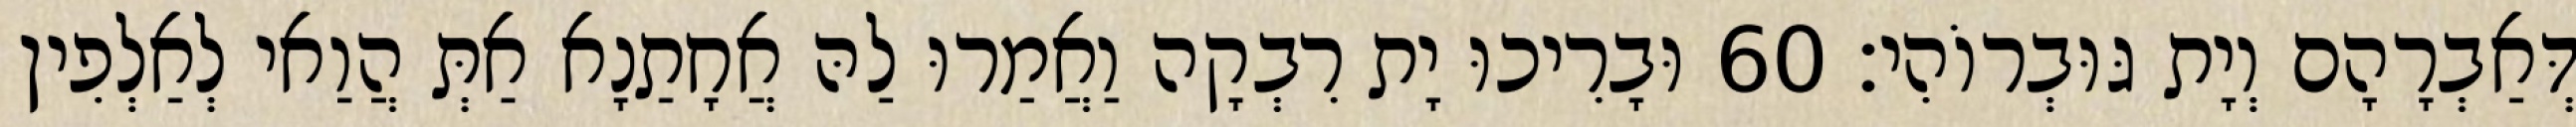
דְּאַבְרָהָם וְיָת גּוּבְרוֹהִי׃ 60 וּבָרִיכוּ יָת רִבְקָה וַאֲמַרוּ לַהּ אֲחָתַנָא אַתְּ הֲוַאי לְאַלְפִין